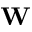
\mathbf { W }